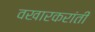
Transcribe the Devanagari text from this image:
वखारकरांती